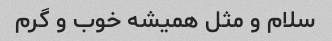
سلام و مثل همیشه خوب و گرم